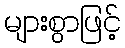
များစွာဖြင့်